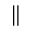
\parallel